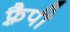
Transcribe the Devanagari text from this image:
फ़्रैपी